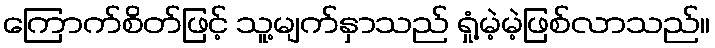
ကြောက်စိတ်ဖြင့် သူ့မျက်နှာသည် ရှုံ့မဲ့မဲ့ဖြစ်လာသည်။